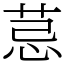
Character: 𦮼